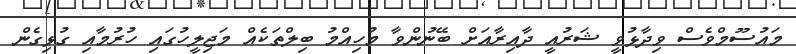
މައުސޫމްވެސް ވިދާޅުވީ ޝަރުއީ ދާއިރާއަށް ބޭނުންވާ މުހިއްމު ބިލްތަކެއް މަޖިލީހުގައި ހުރުމާއި ގުޅިގެން